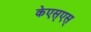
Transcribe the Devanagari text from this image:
केएस्‌एस्‌